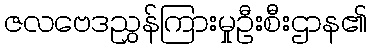
ဇလဗေဒညွှန်ကြားမှုဦးစီးဌာန၏